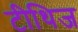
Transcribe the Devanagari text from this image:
टीथिज